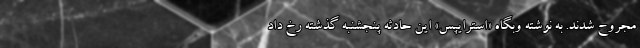
مجروح شدند. به نوشته وبگاه «استرایپس» این حادثه پنجشنبه گذشته رخ داد